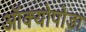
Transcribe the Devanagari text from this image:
ऑक्योपोडा